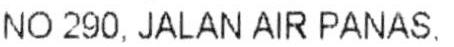
NO 290. JALAN AIR PANAS.